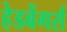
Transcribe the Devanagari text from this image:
हेडबेंगर्स